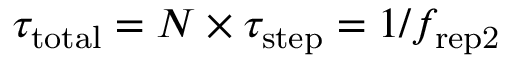
\tau _ { \mathrm { t o t a l } } = N \times \tau _ { \mathrm { s t e p } } = 1 / f _ { \mathrm { r e p 2 } }